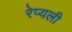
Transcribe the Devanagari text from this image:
रेप्यली